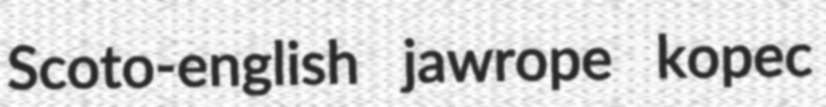
Scoto-english jawrope kopec